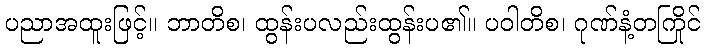
ပညာအထူးဖြင့်။ ဘာတိစ၊ ထွန်းပလည်းထွန်းပ၏။ ပဝါတိစ၊ ဂုဏ်နံ့တကြိုင်